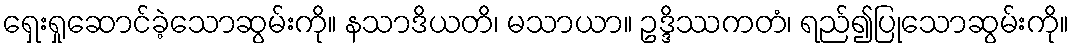
ရှေးရှုဆောင်ခဲ့သောဆွမ်းကို။ နသာဒိယတိ၊ မသာယာ။ ဥဒ္ဒိဿကတံ၊ ရည်၍ပြုသောဆွမ်းကို။